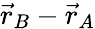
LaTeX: {\vec{r}}_{B}-{\vec{r}}_{A}